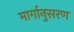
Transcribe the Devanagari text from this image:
मार्गानुसरण